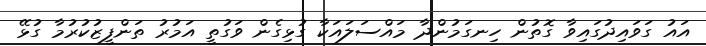
އައު ގަވައިދުގައިވާ ގޮތުން ހިނގަމުންދާ މައްސަލައަކާ ގުޅިގެން ވަގުތީ އަމުރު ތަންފީޒުކުރުމާ ގުޅޭ